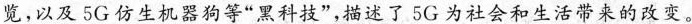
览，以及5G仿生机器狗等”黑科技”，描述了5G为社会和生活带来的改变。